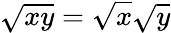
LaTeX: {\sqrt{xy}}={\sqrt{x}}{\sqrt{y}}